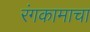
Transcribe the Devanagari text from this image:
रंगकामाचा